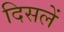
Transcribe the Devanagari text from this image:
दिसलें